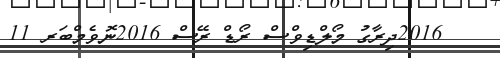
2016ދިރާގު މޯލްޑިވްސް ރޯޑް ރޭސް 2016ނޮވެމްބަރ 11